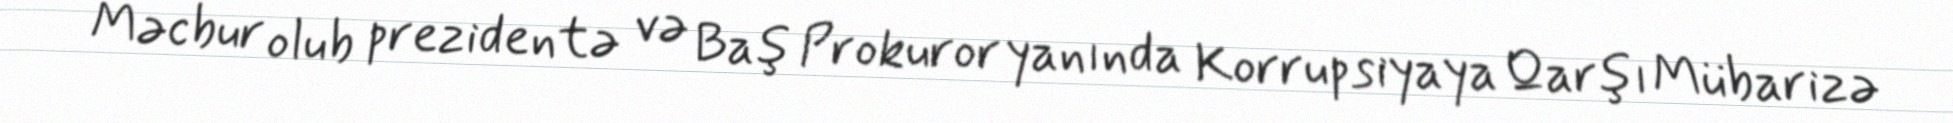
Məcbur olub prezidentə və Baş Prokuror yanında Korrupsiyaya Qarşı Mübarizə